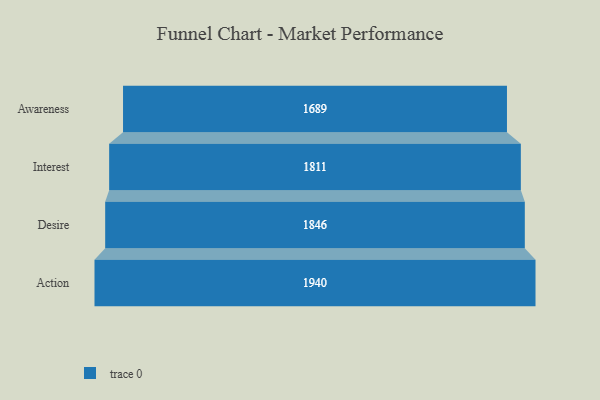
{"axis": {"x": "Stage", "y": "Value"}, "legend": [""], "data": [{"x": "Awareness", "y": 1689.0, "type": ""}, {"x": "Interest", "y": 1811.0, "type": ""}, {"x": "Desire", "y": 1846.0, "type": ""}, {"x": "Action", "y": 1940.0, "type": ""}]}